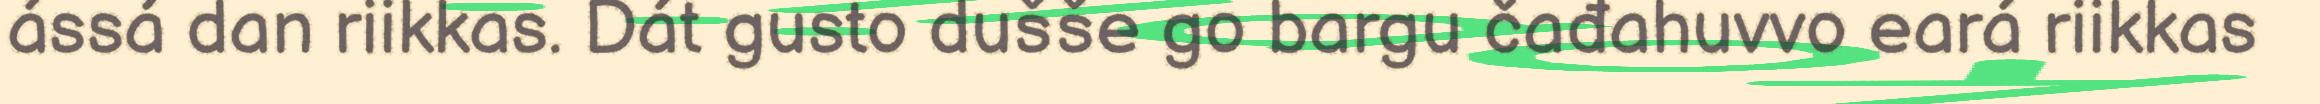
ássá dan riikkas. Dát gusto dušše go bargu čađahuvvo eará riikkas